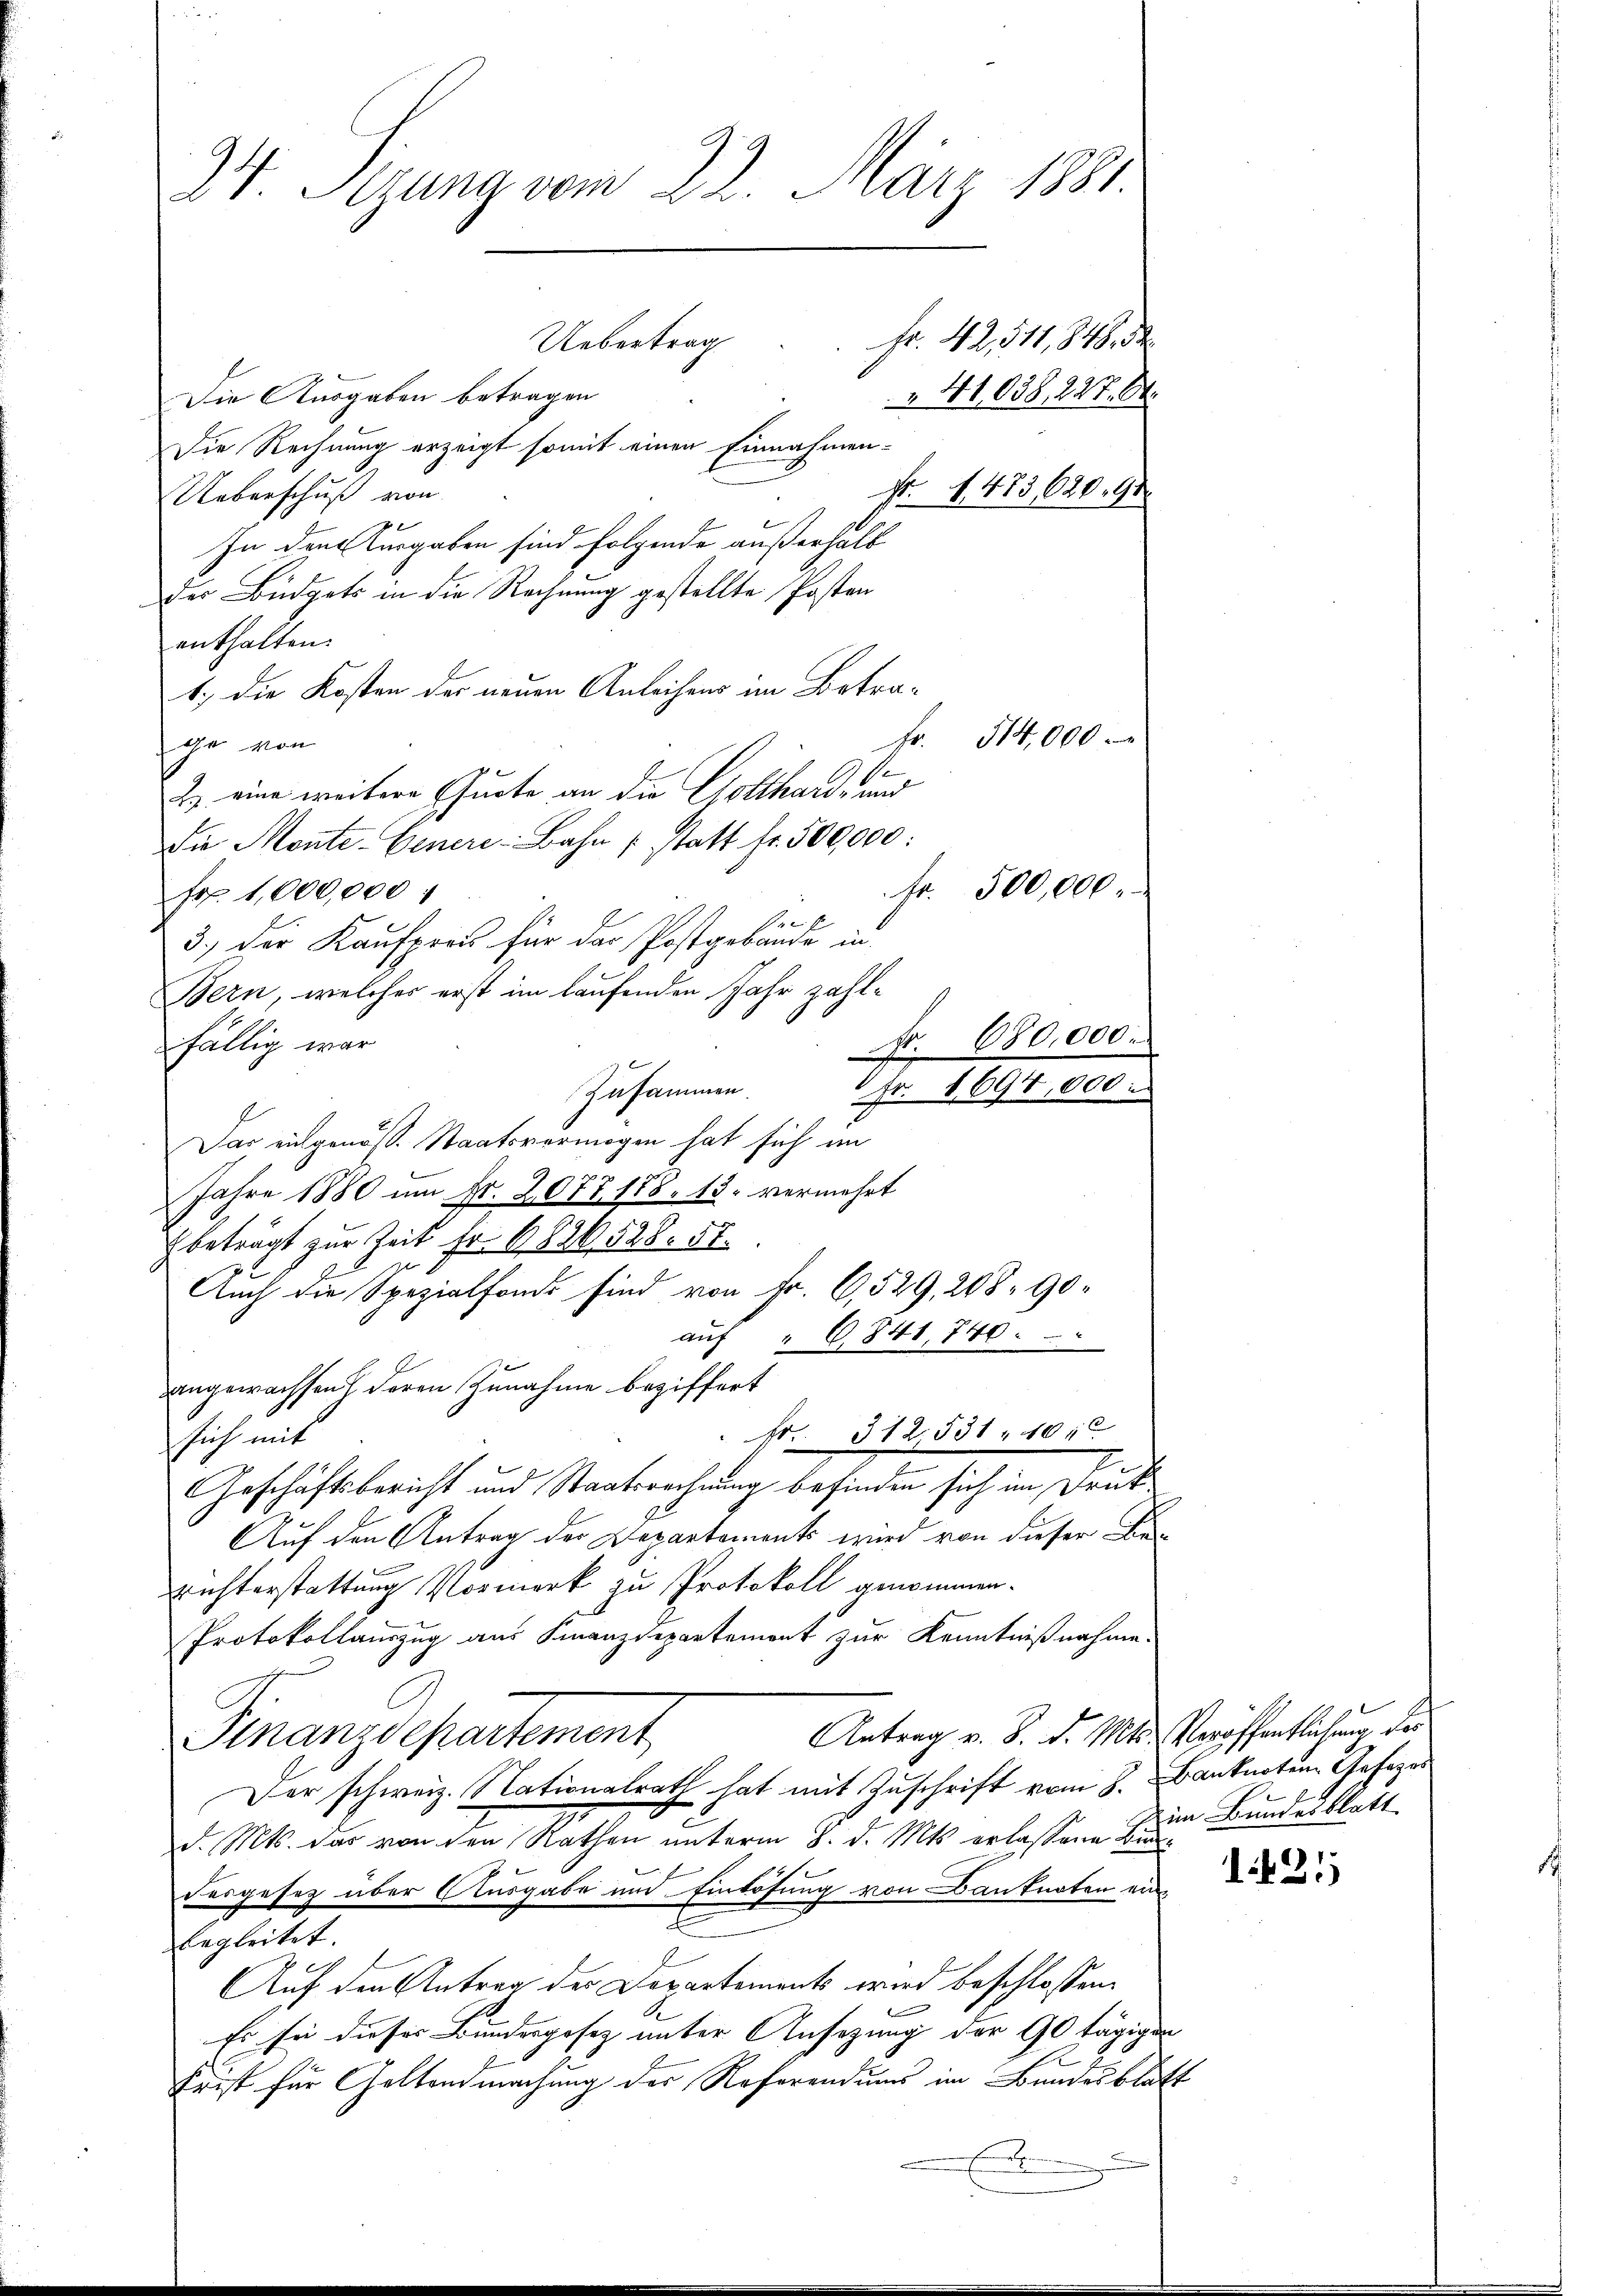
34. Sizung vom 22. März 1881.
Uebertrag
Fr. 42,511,848, d
 41,038, 227. 8.
Die Ausgaben betragen
Die Rechnung erzeigt somit einen Einnahmen-
Fr. 1473, 620. 91
Ueberschuß von

In den Ausgaben sind folgende außerhalb
Der Büdgets in die Rechnung gestellte Posten
enthalten.
1.) Die Kosten der neuen Anleihens im Betrage von
2) eine weitere Quote an die Gotthard- und
Die Monte. Gener-Bahn (statt fr. 500,000:
Fr. 1,000,000
de
3.) Der Kaufpreis für das Postgebäude in
Bern, welcher erst im laufenden Jahr zahlfällig war
Zusammen.
Das eingenoss. Staatsvermögen hat sich im
Jahre 1880 um Fr. 2077 188. 13. vermehrt
beträgt zur Zeit Fr. 6826528. 57.
Auch die Spezialfonds sind von Fr. 6,529, 208. 90
aŭf " 6.841, 740.
angewachsen deren Zunahme beziffert
fr. 312,531. 105
sich mit
Geschäftsbericht und Staatsrechnung befinden sich im Druk
Auf den Antrag des Departements wird von dieser Be-
richterstattung Vormerk zu Protokoll genommen.
Protokollauszug aus Finanzdepartement zur Kenntnißnahme.
Antrag v. S. d. Mts. Veröffentlichung der
Finanzdepartement
Der schweiz. Nationalrath hat mit Zuschrift vom 8. Banknoten Gesezes
d. Mts. das von den Rathen unterm 8. d. Mts. erlassene Bundesgesetz über Ausgabe und Einlösung von Banknoten einbegleitet.
Auf den Antrag des Departements wird beschlossen.
Es sie dieser Bundesgesetz unter Ansezung der 90 tägigen
Frist für Geltendmachung der Referendums im Bundesblatt
En

Fr. 514,000
fr. 500,000

Fr. 680,000.
Fr. 1694,000

im Bundesblatt

121)